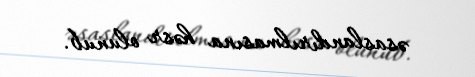
əsaslandırılmasına həsr olunub.